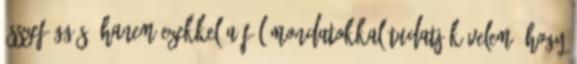
összefüggés, hanem ezekkel a fél mondatokkal tudatják velem, hogy